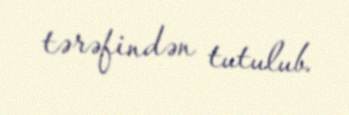
tərəfindən tutulub.